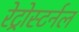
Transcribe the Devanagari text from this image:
रेट्रोस्टर्नल